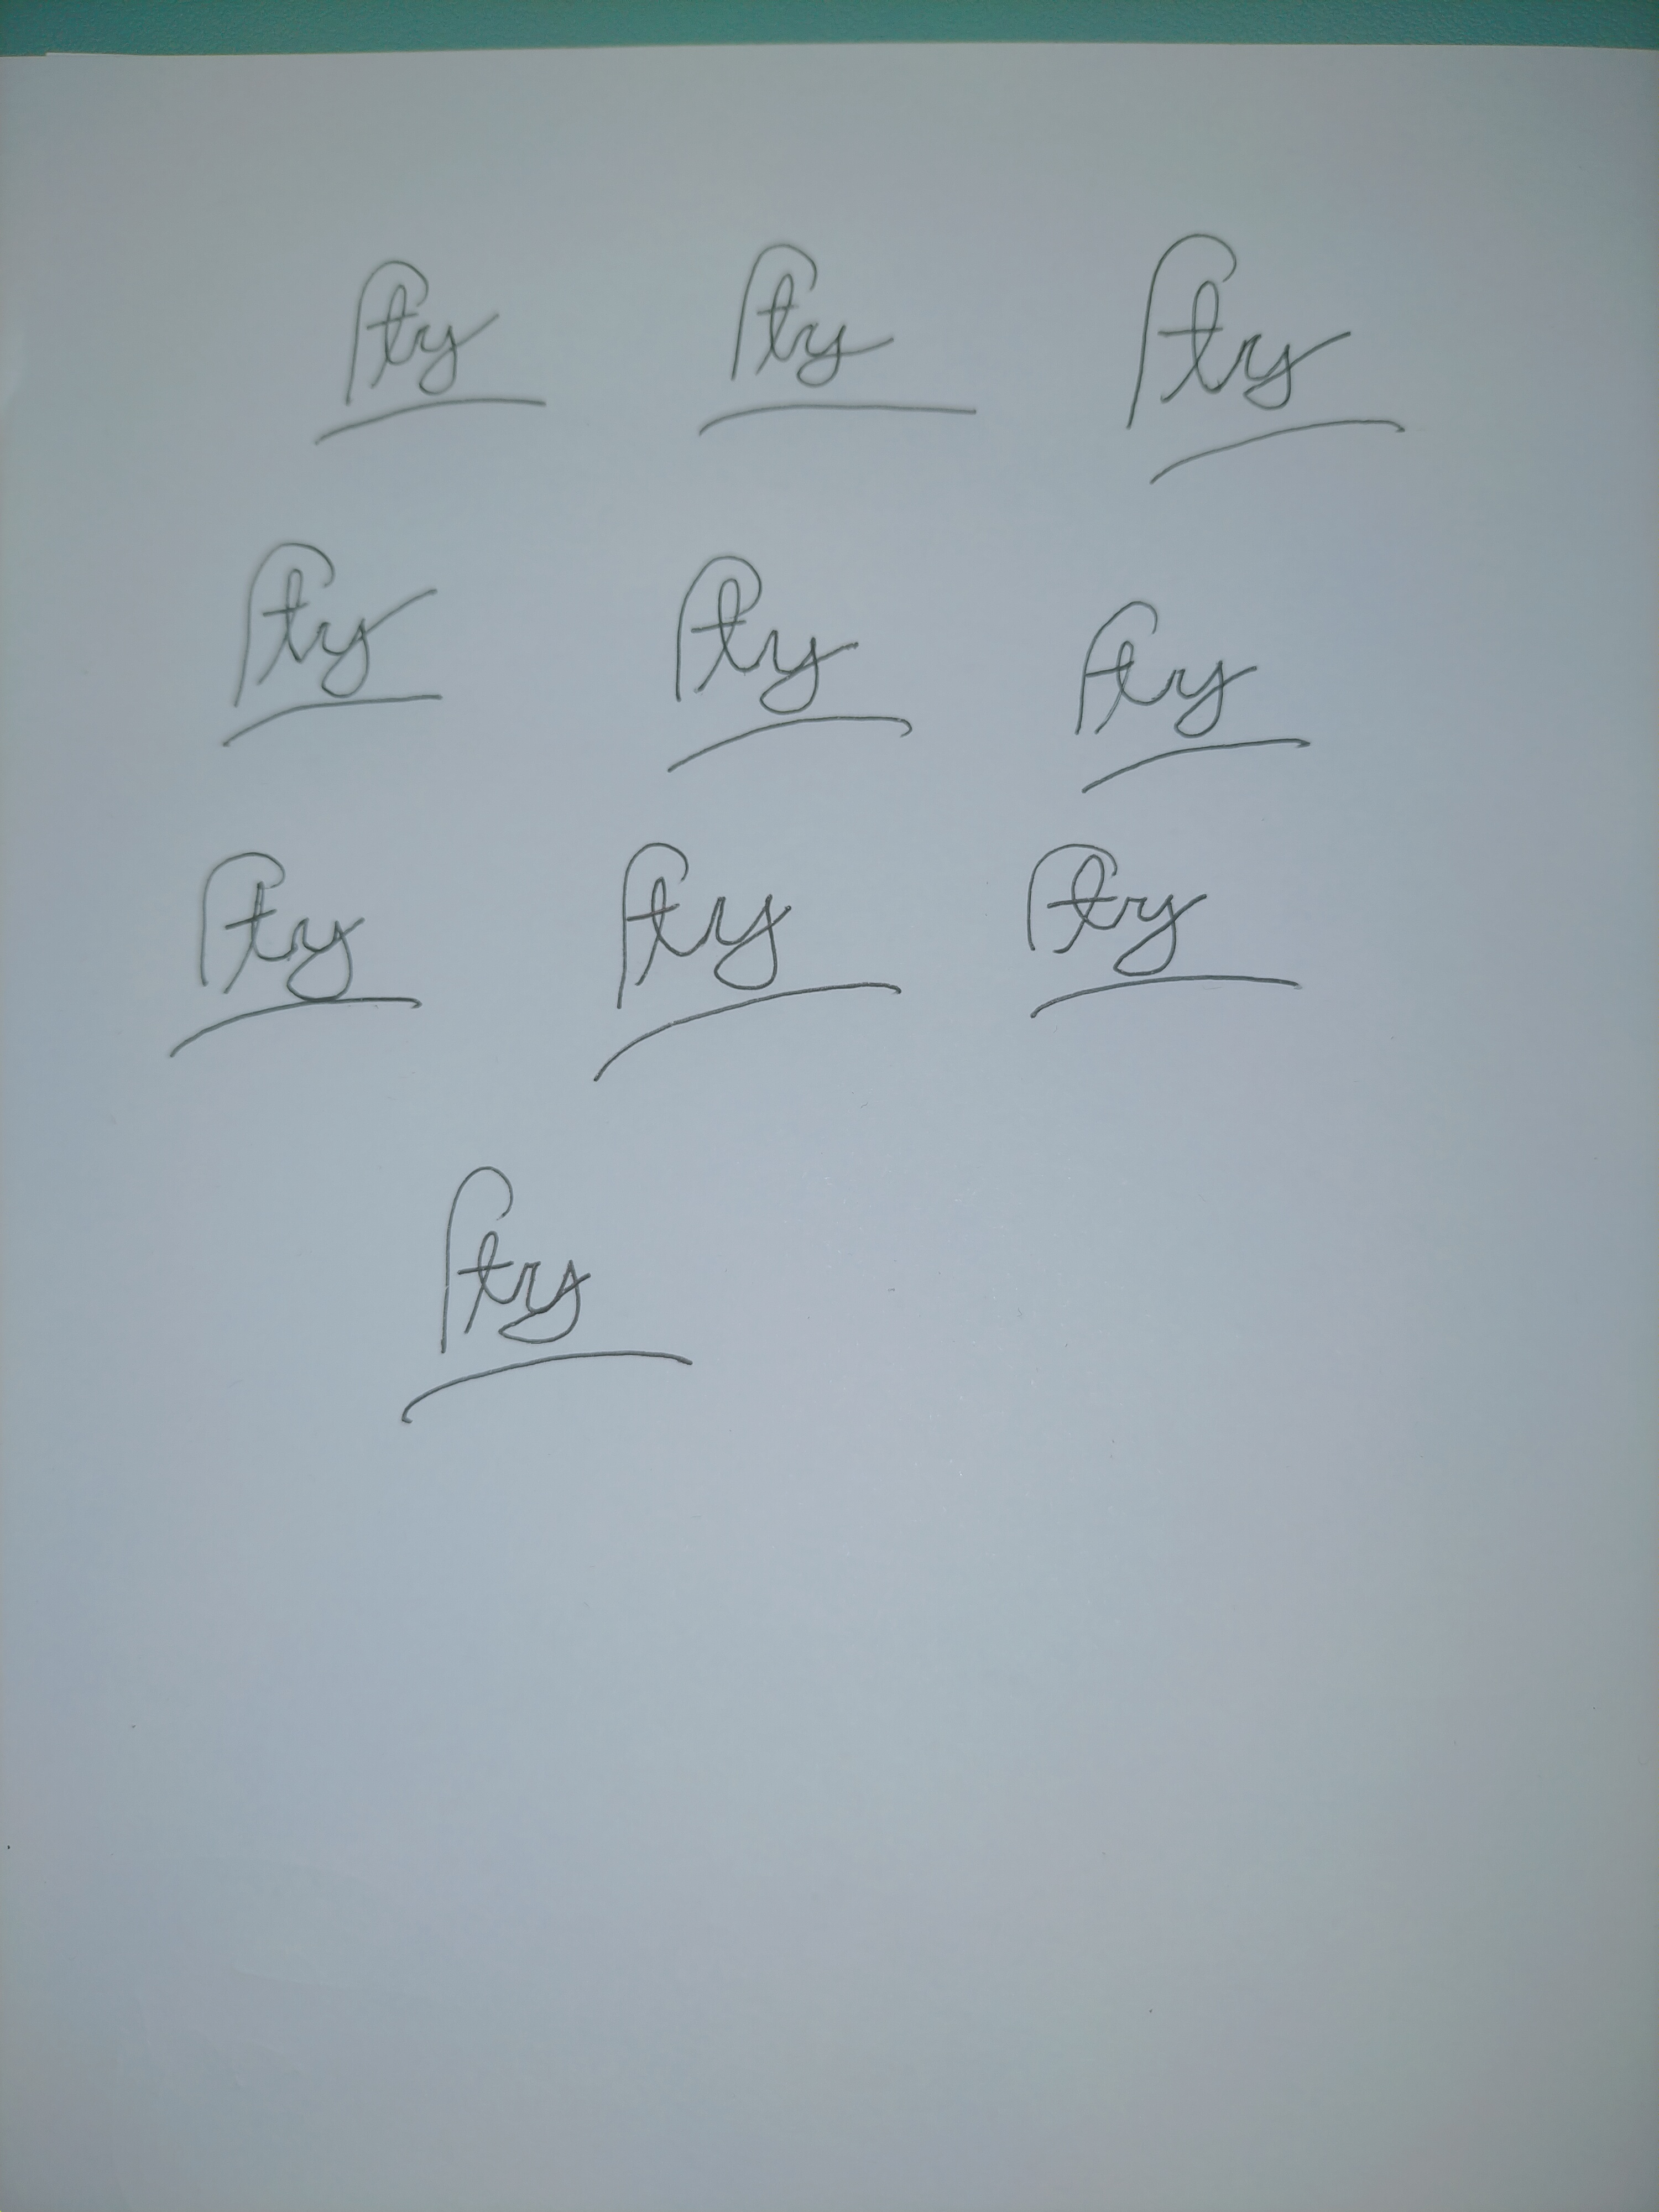
Signature authenticity: forged